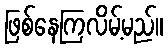
ဖြစ်နေကြလိမ့်မည်။